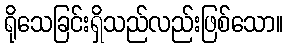
ရိုသေခြင်းရှိသည်လည်းဖြစ်သော။